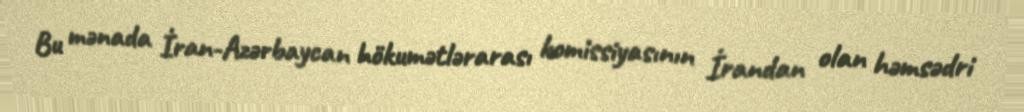
Bu mənada İran-Azərbaycan hökumətlərarası komissiyasının İrandan olan həmsədri